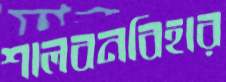
শালবনবিহার